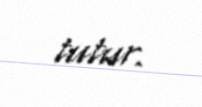
tutur.